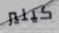
كيلير